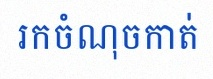
រកចំណុចកាត់